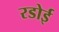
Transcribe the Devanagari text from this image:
रडोई